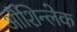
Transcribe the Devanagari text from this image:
औशिन्लेक